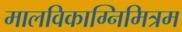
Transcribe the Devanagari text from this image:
मालविकाग्निमित्रम